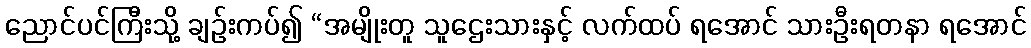
ညောင်ပင်ကြီးသို့ ချဉ်းကပ်၍ “အမျိုးတူ သူဌေးသားနှင့် လက်ထပ် ရအောင် သားဦးရတနာ ရအောင်